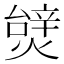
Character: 𱬖